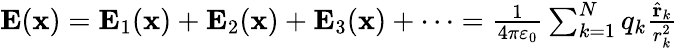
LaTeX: {\begin{array}{r}{\mathbf{E}(\mathbf{x})=\mathbf{E}_{1}(\mathbf{x})+\mathbf{E}_{2}(\mathbf{x})+\mathbf{E}_{3}(\mathbf{x})+\cdots={\frac{1}{4\pi\varepsilon_{0}}}\sum_{k=1}^{N}q_{k}{\frac{{\hat{\mathbf{r}}}_{k}}{r_{k}^{2}}}}\end{array}}